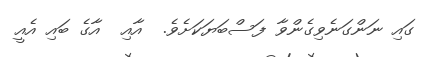
ގައި ނަންގަނެވިގެންވާ ފަސްބަޔަކަށެވެ.  އާއި  އާގެ ބައި އެއީ